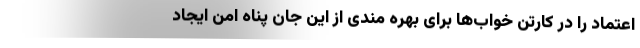
اعتماد را در کارتن خواب‌ها برای بهره مندی از این جان پناه امن ایجاد